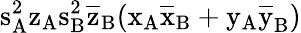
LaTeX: \mathrm{s_{A}^{2}\mathrm{z_{A}\mathrm{s_{B}^{2}\mathrm{\overline{{z}}_{B}(\mathrm{x_{A}\mathrm{\overline{{x}}_{B}+\mathrm{y_{A}\mathrm{\overline{{y}}_{B})}}}}}}}}